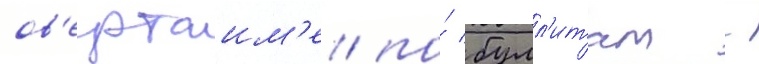
ов'ертаим'е/ по́ булл'итам -